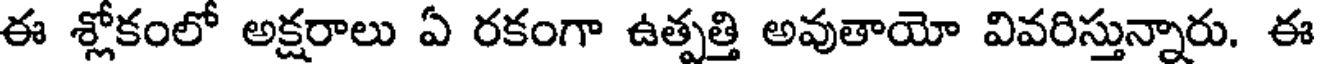
ఈ శ్లోకంలో అక్షరాలు ఏ రకంగా ఉత్పత్తి అవుతాయో వివరిస్తున్నారు. ఈ